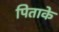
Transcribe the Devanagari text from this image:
पिताके